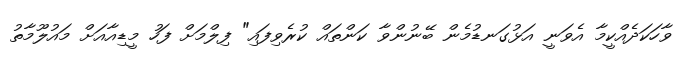
ވާހަކަދެއްކީމާ އެވަނީ އަޅުގަނޑުމެން ބޭނުންވާ ކަންތައް ކުރެވިފައި" ފިލްމަށް ފަހު މީޑިއާއަށް މައުލޫމާތު